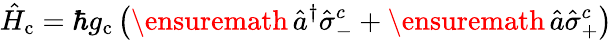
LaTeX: \hat{H}_{\mathrm{c}}=\hbar g_{\mathrm{c}}\left(\ensuremath{{\, \hat{a}^{\dagger}}}\hat{\sigma}_{-}^{c}+\ensuremath{\, \hat{a}}\hat{\sigma}_{+}^{c}\right)